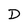
Character: D